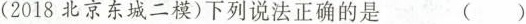
（2018北京东城二模)下列说法正确的是 ()